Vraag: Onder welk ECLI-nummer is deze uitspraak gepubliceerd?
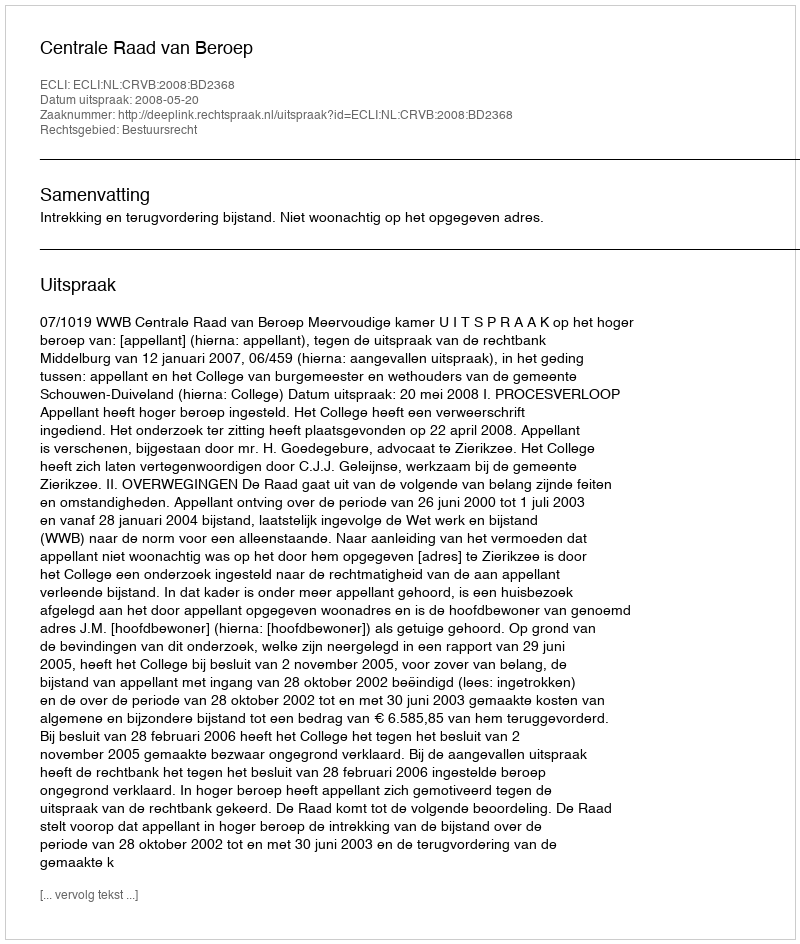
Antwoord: ECLI:NL:CRVB:2008:BD2368